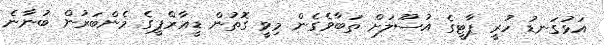
އަޅުގަނޑު ހުރީ ޕާޓީގެ އުސޫލަށް ތަބާވެގެން މިވީ ގޮތުން ޑީއާރްޕީގެ މެންބަރުން ބުނާނެ